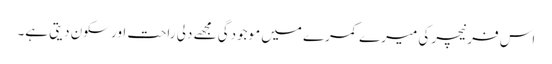
اس فرنیچر کی میرے کمرے میں موجودگی مجھے دلی راحت اور سکون دیتی ہے۔